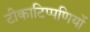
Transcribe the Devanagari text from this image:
टीकाटिप्पणियों